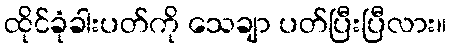
ထိုင်ခုံခါးပတ်ကို သေချာ ပတ်ပြီးပြီလား။